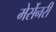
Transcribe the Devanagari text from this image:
मेर्सेनरी